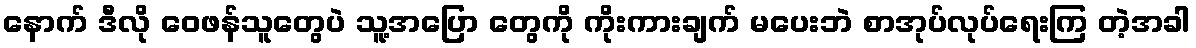
နောက် ဒီလို ဝေဖန်သူတွေပဲ သူ့အပြော တွေကို ကိုးကားချက် မပေးဘဲ စာအုပ်လုပ်ရေးကြ တဲ့အခါ